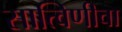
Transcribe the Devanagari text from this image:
सात्विणीचा